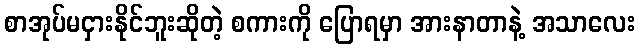
စာအုပ်မငှားနိုင်ဘူးဆိုတဲ့ စကားကို ပြောရမှာ အားနာတာနဲ့ အသာလေး